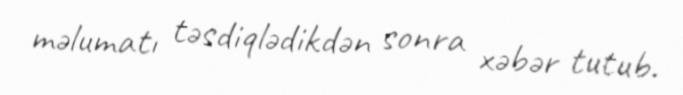
məlumatı təsdiqlədikdən sonra xəbər tutub.